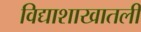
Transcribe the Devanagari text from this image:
विद्याशाखातली